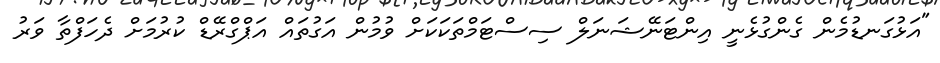
"އަޅުގަނޑުމެން ގެންގުޅެނީ އިންޓަނޭޝަނަލް ސިސްޓަމްތަކަކަށް ވުމުން އަގުތައް އަޕްގްރޭޑް ކުރުމަށް ދެހަފްތާ ވަރު